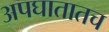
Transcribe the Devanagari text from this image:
अपघातातच